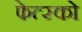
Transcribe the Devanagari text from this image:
फेत्स्को